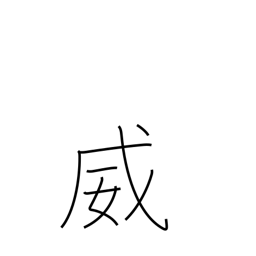
Meaning: threaten